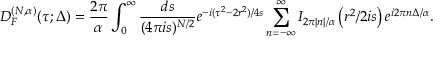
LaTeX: D _ { { \cal F } } ^ { ( N , \alpha ) } ( \tau ; \Delta ) = \frac { 2 \pi } { \alpha } \int _ { 0 } ^ { \infty } \frac { d s } { ( 4 \pi i s ) ^ { N / 2 } } e ^ { - i ( \tau ^ { 2 } - 2 r ^ { 2 } ) / 4 s } \sum _ { n = - \infty } ^ { \infty } I _ { 2 \pi | n | / \alpha } \left( r ^ { 2 } / 2 i s \right) e ^ { i 2 \pi n \Delta / \alpha } .